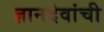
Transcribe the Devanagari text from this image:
ज्ञानदेवांची